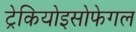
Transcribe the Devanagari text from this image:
ट्रेकियोइसोफेगल